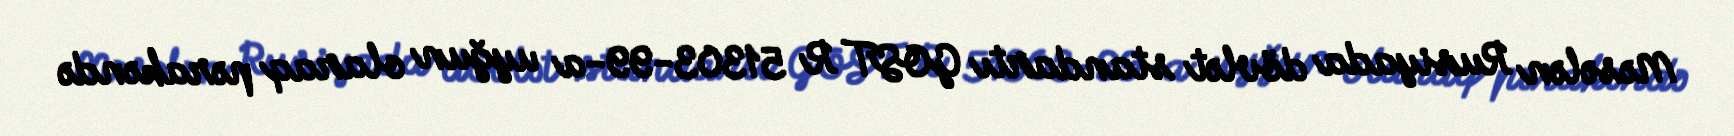
Məsələn Rusiyada dövlət standartı GOST R 51303-99-a uyğun olaraq pərakəndə